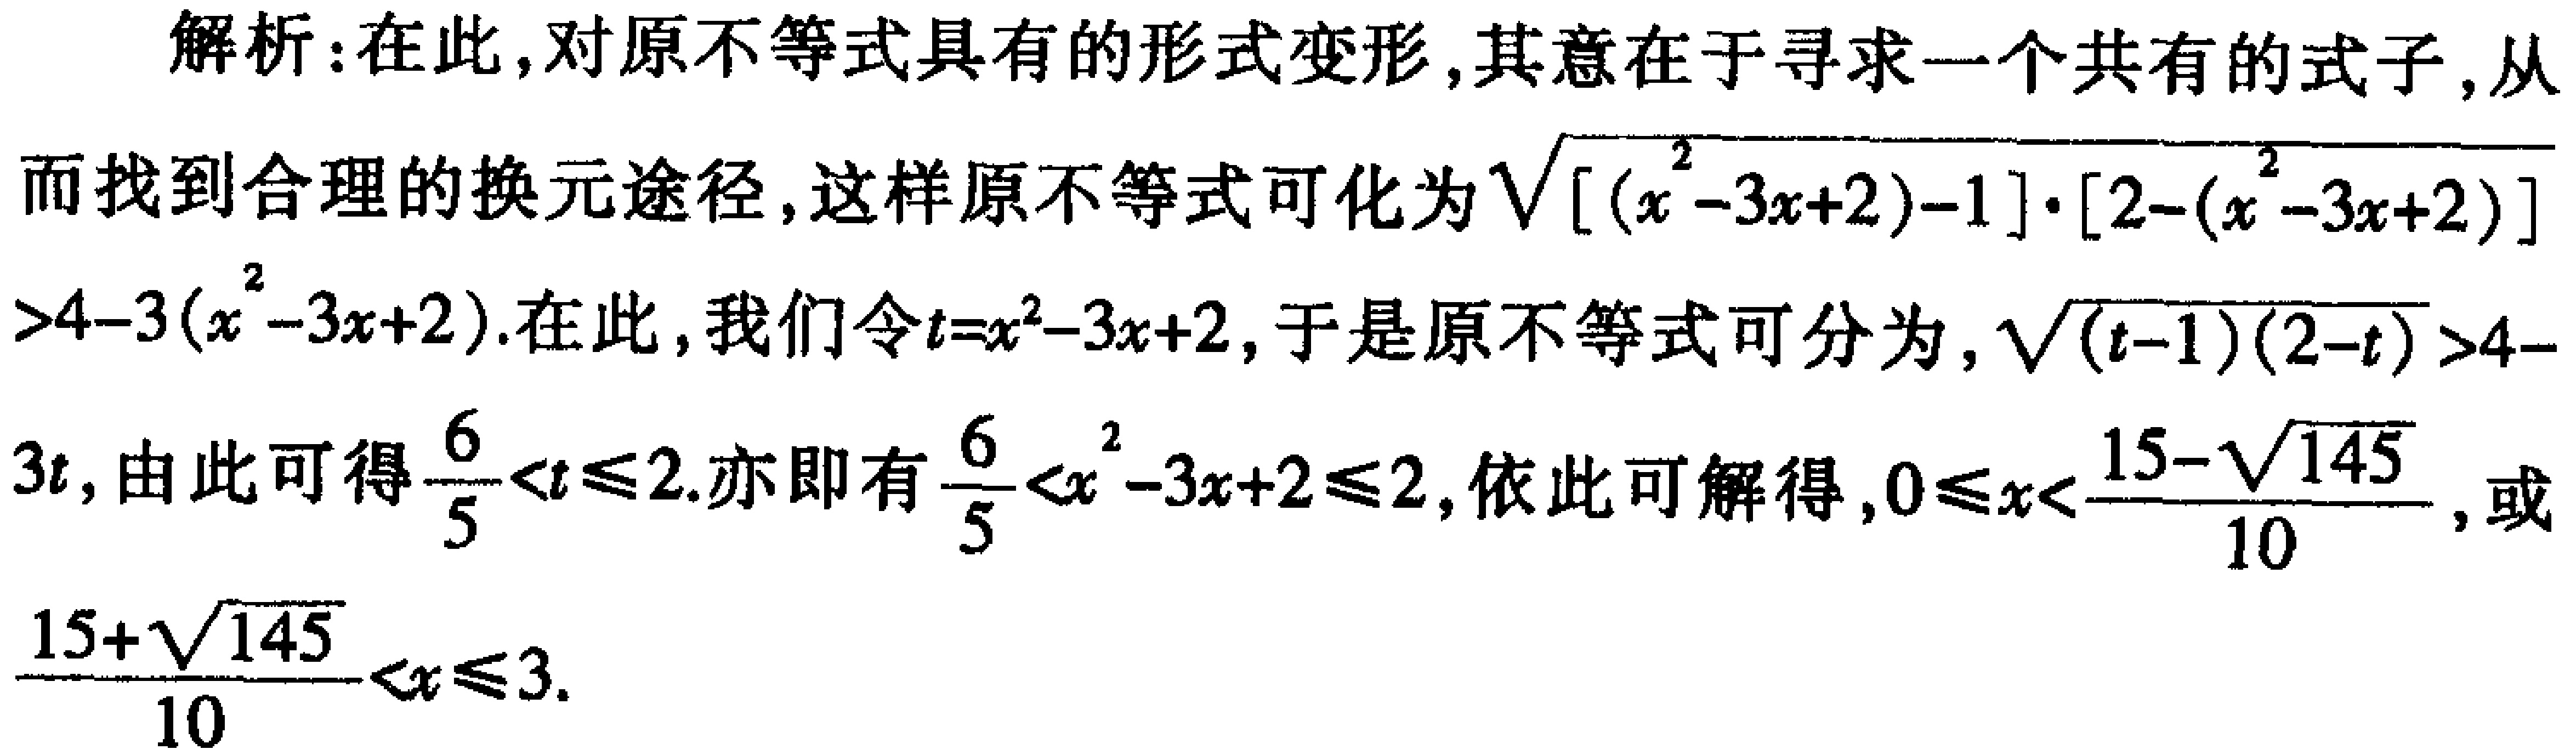
解析:在此,对原不等式具有的形式变形,其意在于寻求一个共有的式子,从
而找到合理的换元途径,这样原不等式可化为$\sqrt{[(x^{2}-3x + 2)-1]\cdot[2-(x^{2}-3x + 2)]}$
$>4-3(x^{2}-3x + 2)$.在此,我们令$t = x^{2}-3x + 2$,于是原不等式可分为,$\sqrt{(t - 1)(2 - t)}>4-$
$3t$,由此可得$\frac{6}{5}<t\leqslant2$.亦即有$\frac{6}{5}<x^{2}-3x + 2\leqslant2$,依此可解得,$0\leqslant x<\frac{15-\sqrt{145}}{10}$,或
$\frac{15+\sqrt{145}}{10}<x\leqslant3$.